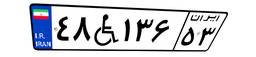
۴۳W۰۰۹۰۵